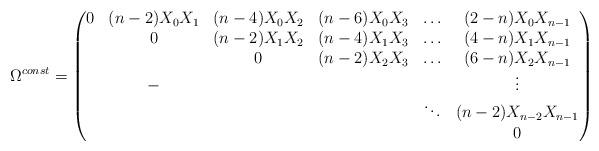
LaTeX: \begin{align*}\Omega^{const}=\begin{pmatrix} 0& (n-2)X_0X_1& (n-4)X_0 X_2&(n-6) X_0X_3 &\hdots &(2-n)X_0X_{n-1}\\&0&(n-2)X_1X_2&(n-4)X_1 X_3 & \hdots &(4-n)X_1X_{n-1}\\&&0&(n-2)X_2X_3&\hdots&(6-n)X_2X_{n-1}\\&-&&&&\vdots\\&&&&\ddots&(n-2)X_{n-2}X_{n-1}\\&&&&&0\end{pmatrix}\end{align*}